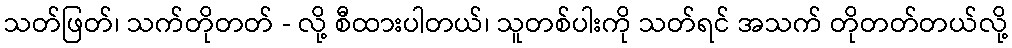
သတ်ဖြတ်၊ သက်တိုတတ် - လို့ စီထားပါတယ်၊ သူတစ်ပါးကို သတ်ရင် အသက် တိုတတ်တယ်လို့